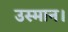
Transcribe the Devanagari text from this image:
उस्मान।